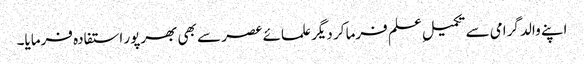
اپنے والد گرامی سے تکمیلِ علم فرما کر دیگر علمائے عصر سے بھی بھرپور استفادہ فرمایا۔